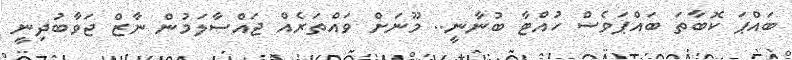
ބައްޕަ ކޮބާތަ ބައްޕަވެސް ހުއްޓާ ބުނާނީ.. މޫނަށް ވައްތަރެއް ޖައްސާލަމުން ނާޒް ޖަވާބުދިނީ